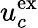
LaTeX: u_{c}^{\mathrm{ex}}